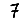
Digit: 7